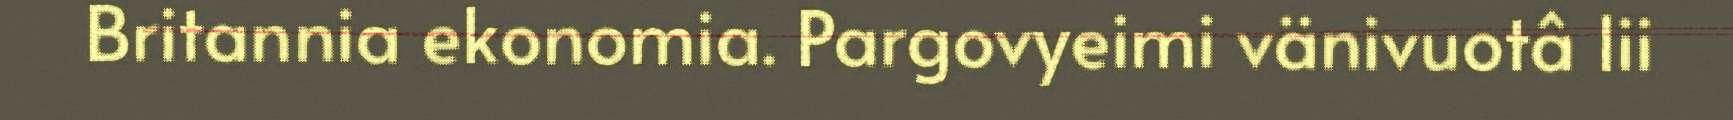
Britannia ekonomia. Pargovyeimi vänivuotâ lii